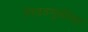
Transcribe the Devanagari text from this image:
निवडणुकींवर